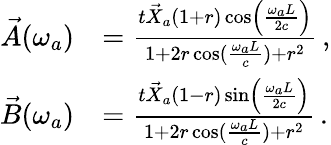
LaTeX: \begin{array}{rl}{\vec{A}(\omega_{a})}&{=\frac{t\vec{X}_{a}\left(1+r\right)\cos\left(\frac{\omega_{a}L}{2c}\right)}{1+2r\cos(\frac{\omega_{a}L}{c})+r^{2}}\, ,}\\ {\vec{B}(\omega_{a})}&{=\frac{t\vec{X}_{a}\left(1-r\right)\sin\left(\frac{\omega_{a}L}{2c}\right)}{1+2r\cos(\frac{\omega_{a}L}{c})+r^{2}}\, .}\end{array}